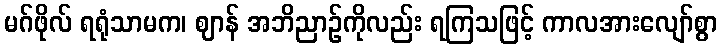
မဂ်ဖိုလ် ရရုံသာမက၊ ဈာန် အဘိညာဉ်ကိုလည်း ရကြသဖြင့် ကာလအားလျော်စွာ